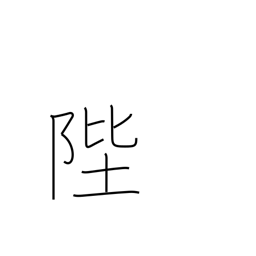
Meaning: steps (of throne)